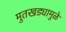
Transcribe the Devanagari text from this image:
मुतखड्यामुळे